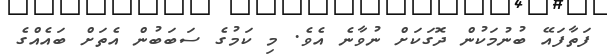
ފަތާފައޭ ބުނުމަކުން ދޮގަކަށް ނުވާނެ އެވެ. މި ކަމުގެ ސަބަބުން އެތަށް ބައެއްގެ